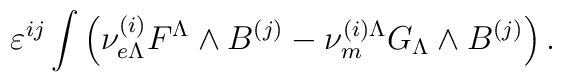
\varepsilon^{ij} \int \left({\nu}^{(i)}_{e\Lambda}F^{\Lambda}\wedge      B^{(j)} - {\nu}^{(i)\Lambda}_m G_{\Lambda}\wedge B^{(j)} \right).